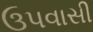
ઉપવાસી